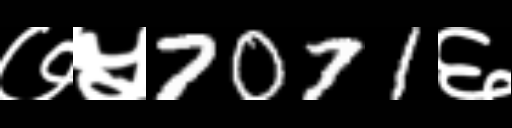
Text: ७५7071६